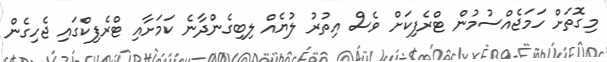
މިގޮތަށް ހަމަޖެއްސުމުން ޓްރެފިކަށް ވެސް އިތުރު ލުޔެއް ލިބިގެންދާނެ ކަމަށާއި ޓްރެފިކްގައި ޖެހިގެން